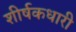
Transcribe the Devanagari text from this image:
शीर्षकधारी